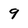
Character: 9